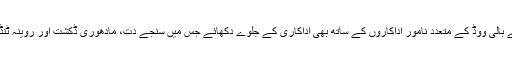
آنجہانی اداکار نے بالی ووڈ کے متعدد نامور اداکاروں کے ساتھ بھی اداکاری کے جلوے دکھائے جس میں سنجے دت، مادھوری ڈکشت اور روینہ ٹنڈن بھی شامل ہیں۔